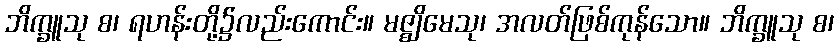
ဘိက္ခူသု စ၊ ရဟန်းတို့၌လည်းကောင်း။ မဇ္ဈိမေသု၊ အလတ်ဖြစ်ကုန်သော။ ဘိက္ခူသု စ၊